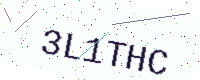
Text: 3L1THC